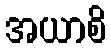
အယာစိ